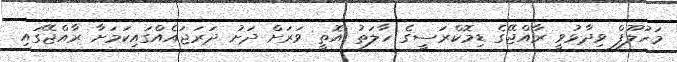
މަހުލޫފް ވިދާޅުވީ ރާއްޖޭގެ ޑިމޮކްރަސީގެ ހާލަތު އޮތީ ވަރަށް ދަށު ދަރަޖައެއްގައިކަމަށާ ރާއްޖޭގައި